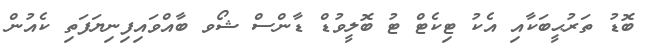
ބޮޑު ތަރުޙީބަކާއި އެކު ޓިކެޓް ޓު ބޮލީވުޑް ޑާންސް ޝޯވ ބާއްވައިފިނިޔަފަތި ކެއުން